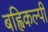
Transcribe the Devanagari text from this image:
बह्विकल्पी